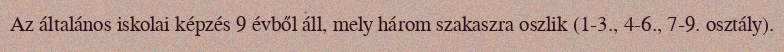
Az általános iskolai képzés 9 évből áll, mely három szakaszra oszlik (1-3., 4-6., 7-9. osztály).